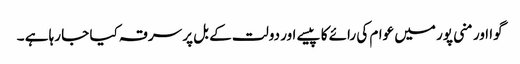
گوا اور منی پور میں عوام کی رائے کا پیسے اور دولت کے بل پر سرقہ کیا جا رہا ہے ۔